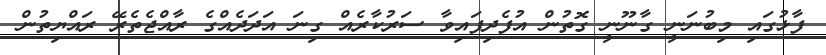
ފާޅުގައި މިބުނަނީ ގާނޫނީ ގޮތުން އުފެދިފައިވާ ސަރުކާރެއް ގިނަ އަދަދެއްގެ ރާއްޖެތެރޭ ރައްޔިތުން